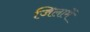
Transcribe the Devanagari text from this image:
जिलामें